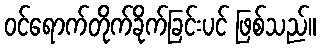
ဝင်ရောက်တိုက်ခိုက်ခြင်းပင် ဖြစ်သည်။